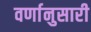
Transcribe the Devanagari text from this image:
वर्णानुसारी